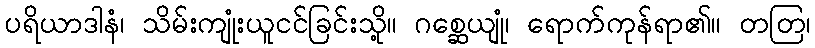
ပရိယာဒါနံ၊ သိမ်းကျုံးယူငင်ခြင်းသို့။ ဂစ္ဆေယျုံ၊ ရောက်ကုန်ရာ၏။ တတြ၊